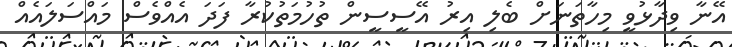
އޭނާ ވިދާޅުވީ މިހާތަނަށް ބެލި އިރު އޭސީސީން ތުހުމަތުކުރާ ފަދަ އެއްވެސް މައްސަލައެއް